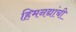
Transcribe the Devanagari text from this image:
हिमनद्यांची